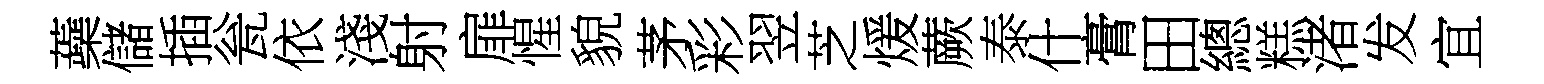
蘃儲插瓮依淺射扉惺貌茅彩翌芝煖蕨泰什膏田總糕渚发宜